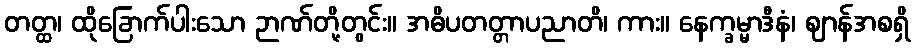
တတ္ထ၊ ထိုခြောက်ပါးသော ဉာဏ်တို့တွင်း။ အဓိပတတ္တာပညာတိ၊ ကား။ နေက္ခမ္မာဒီနံ၊ ဈာန်အစရှိ